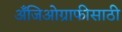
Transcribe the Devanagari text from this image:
अँजिओग्राफीसाठी